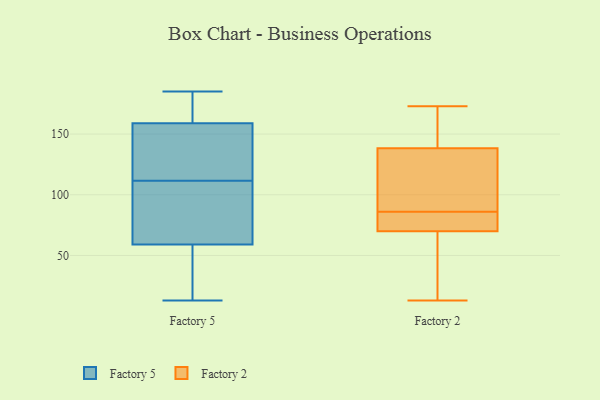
{"axis": {"x": "Operating Costs (USD K)", "y": "Value"}, "legend": ["Factory 2", "Factory 5"], "data": [{"x": "", "y": 129, "type": "Factory 5"}, {"x": "", "y": 13, "type": "Factory 5"}, {"x": "", "y": 169, "type": "Factory 5"}, {"x": "", "y": 159, "type": "Factory 5"}, {"x": "", "y": 59, "type": "Factory 5"}, {"x": "", "y": 98, "type": "Factory 5"}, {"x": "", "y": 18, "type": "Factory 5"}, {"x": "", "y": 185, "type": "Factory 5"}, {"x": "", "y": 125, "type": "Factory 5"}, {"x": "", "y": 63, "type": "Factory 5"}, {"x": "", "y": 86, "type": "Factory 2"}, {"x": "", "y": 165, "type": "Factory 2"}, {"x": "", "y": 71, "type": "Factory 2"}, {"x": "", "y": 41, "type": "Factory 2"}, {"x": "", "y": 98, "type": "Factory 2"}, {"x": "", "y": 148, "type": "Factory 2"}, {"x": "", "y": 160, "type": "Factory 2"}, {"x": "", "y": 133, "type": "Factory 2"}, {"x": "", "y": 99, "type": "Factory 2"}, {"x": "", "y": 78, "type": "Factory 2"}, {"x": "", "y": 173, "type": "Factory 2"}, {"x": "", "y": 67, "type": "Factory 2"}, {"x": "", "y": 78, "type": "Factory 2"}, {"x": "", "y": 85, "type": "Factory 2"}, {"x": "", "y": 13, "type": "Factory 2"}, {"x": "", "y": 135, "type": "Factory 2"}, {"x": "", "y": 52, "type": "Factory 2"}]}